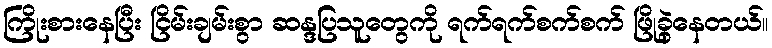
ကြိုးစားနေပြီး ငြိမ်းချမ်းစွာ ဆန္ဒပြသူတွေကို ရက်ရက်စက်စက် ဖြိုခွဲနေတယ်။